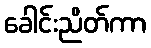
ခေါင်းညိတ်ကာ